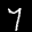
Label: 7